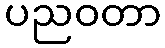
ပညဝတာ